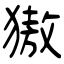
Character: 獓